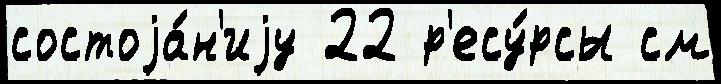
состоjа́н'иjу 22 р'есу́рсы см